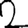
Digit: 2